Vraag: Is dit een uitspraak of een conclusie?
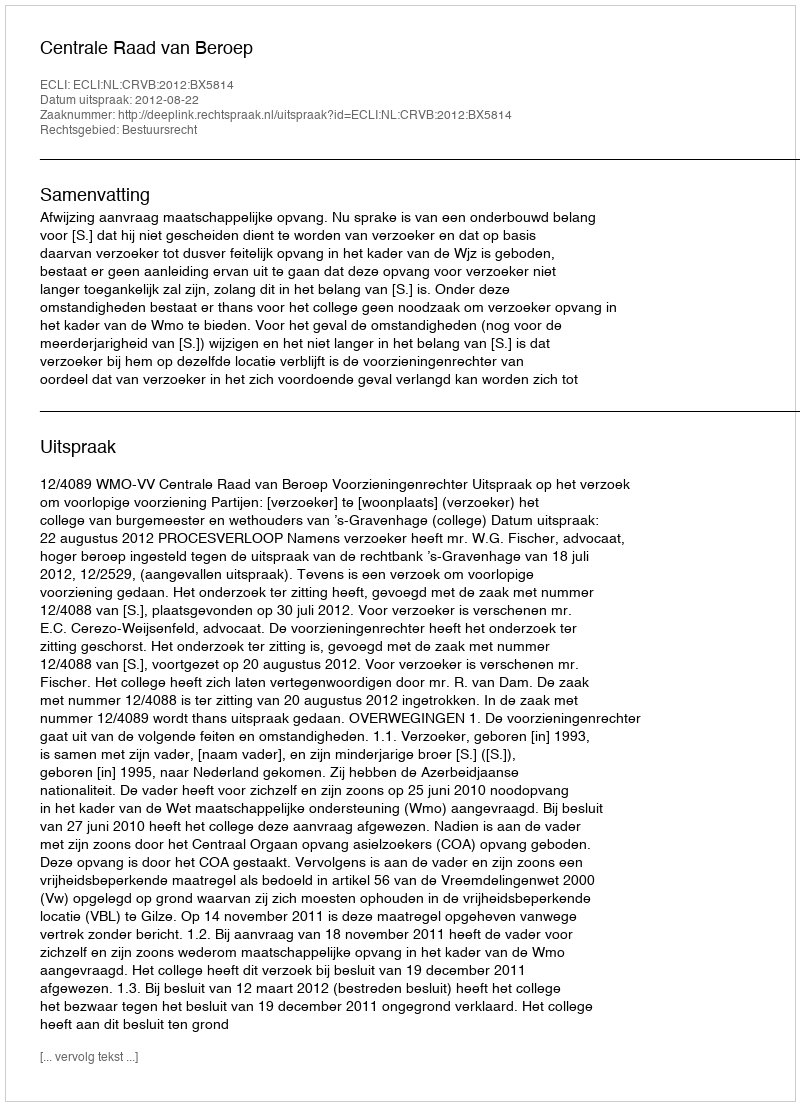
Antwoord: Uitspraak